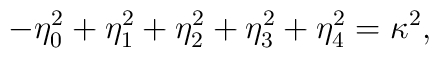
-\eta_0^2 + \eta_1^2+ \eta_2^2+ \eta_3^2+ \eta_4^2 =\kappa^2,